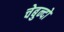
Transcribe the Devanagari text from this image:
चेबुन्दो